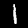
Digit: 1